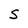
Character: S